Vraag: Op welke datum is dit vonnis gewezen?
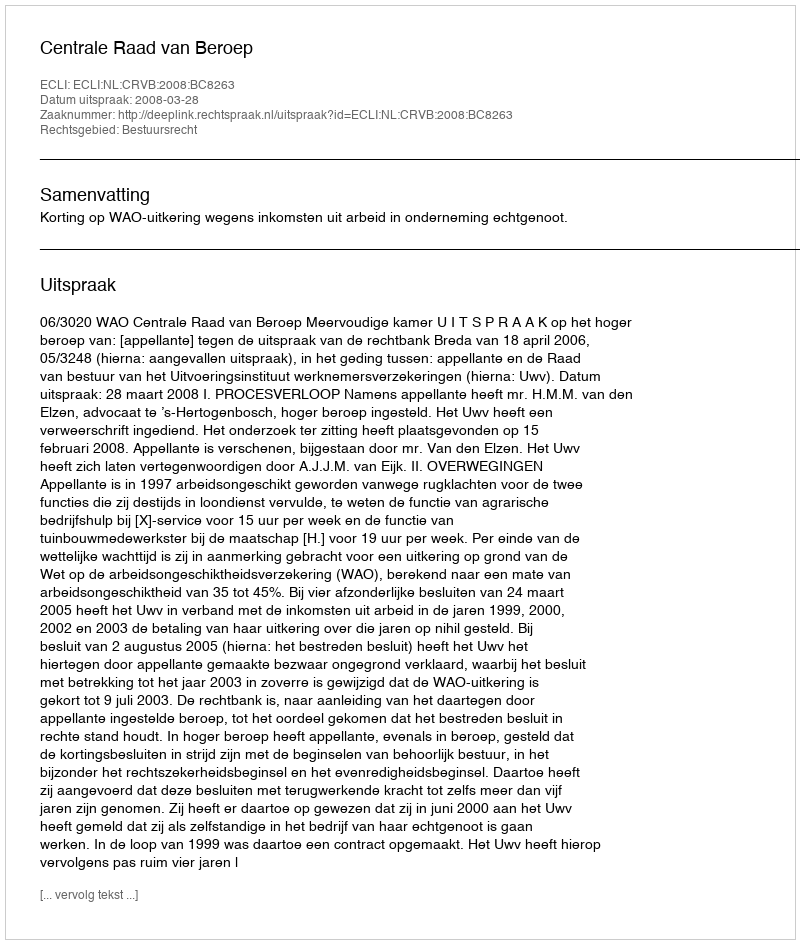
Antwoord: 2008-03-28